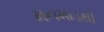
મનમાડથી